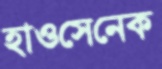
হাওসেনেক